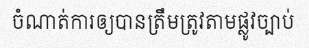
ចំណាត់ការឲ្យបានត្រឹមត្រូវតាមផ្លូវច្បាប់